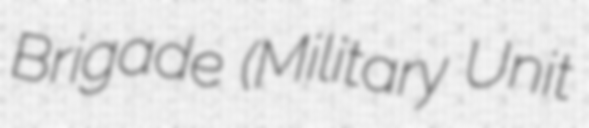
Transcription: Brigade (Military Unit